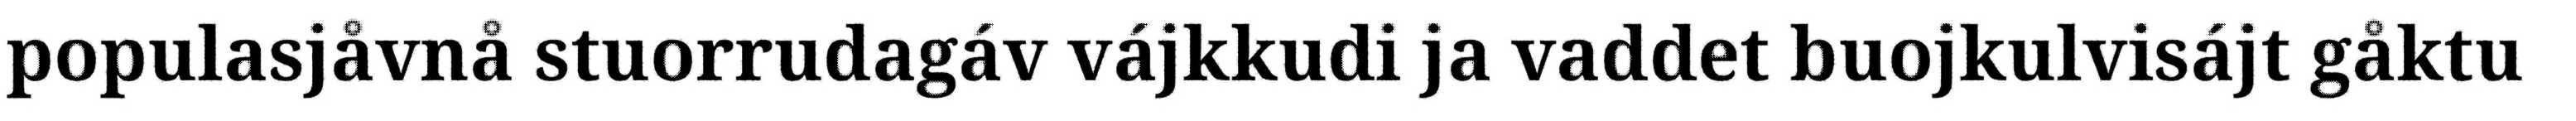
populasjåvnå stuorrudagáv vájkkudi ja vaddet buojkulvisájt gåktu